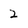
Character: 2